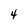
Character: 4